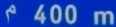
^{\wedge}400\